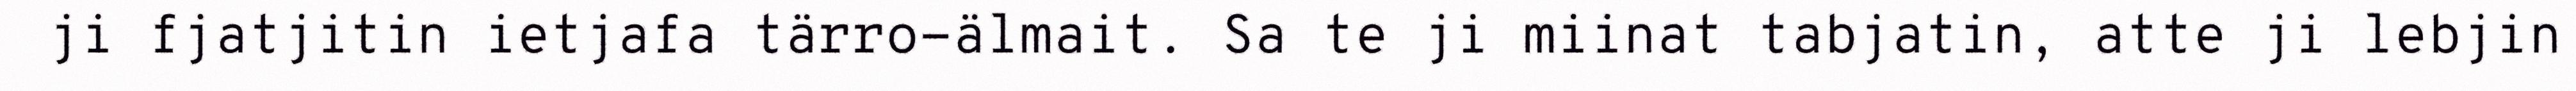
ji fjatjitin ietjafa tärro-älmait. Sa te ji miinat tabjatin, atte ji lebjin